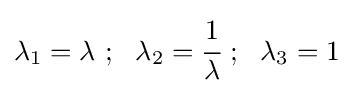
\lambda _{1}=\lambda ~;~~\lambda _{2}={\cfrac {1}{\lambda }}~;~~\lambda _{3}=1